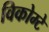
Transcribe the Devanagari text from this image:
विकोम्‍टे